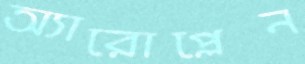
অ্যারোপ্লেন